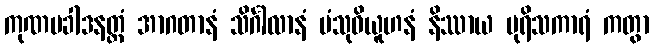
ကုဏပခါဒနတ္ထံ အာဂတာနံ သိင်္ဂါလာနံ ပံသုဝိယူဟနံ နိဿာယ ပုရိသကာရံ ကတွာ